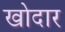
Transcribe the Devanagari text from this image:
खोदार